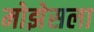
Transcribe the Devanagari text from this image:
मोझेसला